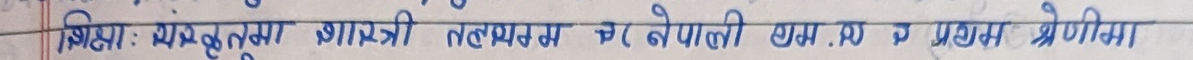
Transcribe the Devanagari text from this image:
शिक्षा : मथुरा शास्त्री लहतुम नरे नेपाली घा. आ प्रथम श्रेणिमा